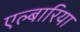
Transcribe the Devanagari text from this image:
एल्बारिया